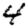
Digit: 4